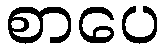
စာပေ